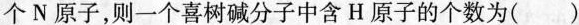
个N原子，则一个喜树碱分子中含H原子的个数为()